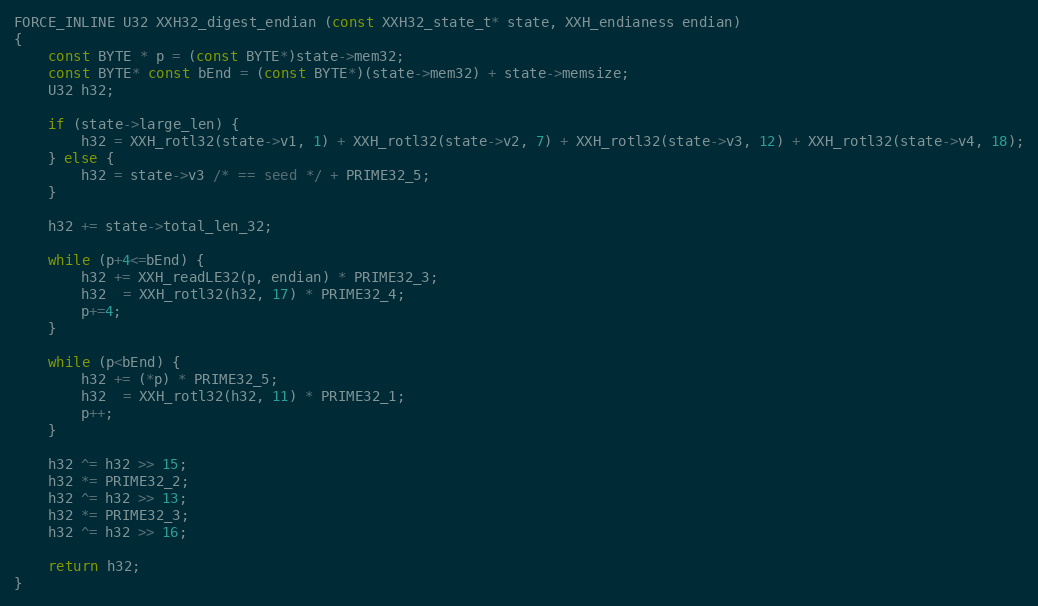
Language: C
FORCE_INLINE U32 XXH32_digest_endian (const XXH32_state_t* state, XXH_endianess endian)
{
    const BYTE * p = (const BYTE*)state->mem32;
    const BYTE* const bEnd = (const BYTE*)(state->mem32) + state->memsize;
    U32 h32;

    if (state->large_len) {
        h32 = XXH_rotl32(state->v1, 1) + XXH_rotl32(state->v2, 7) + XXH_rotl32(state->v3, 12) + XXH_rotl32(state->v4, 18);
    } else {
        h32 = state->v3 /* == seed */ + PRIME32_5;
    }

    h32 += state->total_len_32;

    while (p+4<=bEnd) {
        h32 += XXH_readLE32(p, endian) * PRIME32_3;
        h32  = XXH_rotl32(h32, 17) * PRIME32_4;
        p+=4;
    }

    while (p<bEnd) {
        h32 += (*p) * PRIME32_5;
        h32  = XXH_rotl32(h32, 11) * PRIME32_1;
        p++;
    }

    h32 ^= h32 >> 15;
    h32 *= PRIME32_2;
    h32 ^= h32 >> 13;
    h32 *= PRIME32_3;
    h32 ^= h32 >> 16;

    return h32;
}